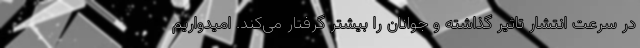
در سرعت انتشار تاثیر گذاشته و جوانان را بیشتر گرفتار می‌کند. امیدواریم